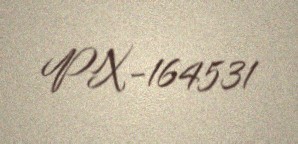
PX-164531